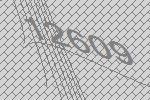
12609